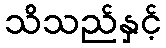
သိသည်နှင့်